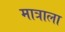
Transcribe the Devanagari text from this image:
मात्राला